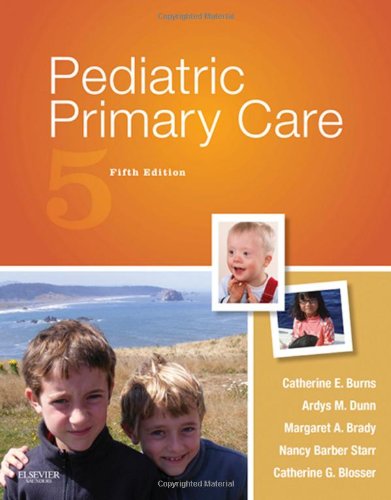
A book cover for Pediatric Primary Care, 5e (Burns, Pediatric Primary Care); Catherine E. Burns PhD  RN  CPNP-PC  FAAN; Medical Books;